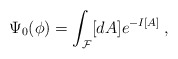
\begin{align*}\Psi_0 (\phi) = \int_{\cal F} [d A] e^{-I[A]} \>,\end{align*}